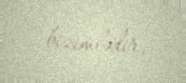
bizimlədir.